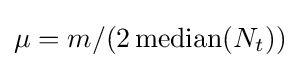
\mu =m/(2\operatorname {median} (N_{t}))